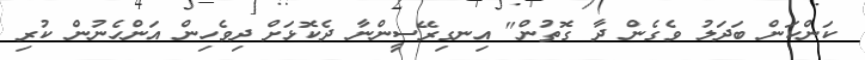
ކަންކަން ބަދަލު ވެގެން ދާ ގޮތުން" އިނގިރޭސީންނާ ދެކޮޅަށް ދިވެހިން އަންހެނުން ކުރި